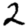
Digit: 2